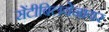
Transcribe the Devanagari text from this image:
सेंटीबिलयेनायर